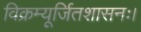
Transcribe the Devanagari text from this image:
विक्रम्यूर्जितशासनः।